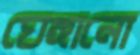
ঘেঙ্গানো